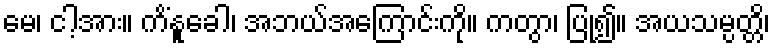
မေ၊ ငါ့အား။ ကိံနူခေါ၊ အဘယ်အကြောင်းကို။ ကတွာ၊ ပြု၍။ အယသမ္ပတ္တိ၊